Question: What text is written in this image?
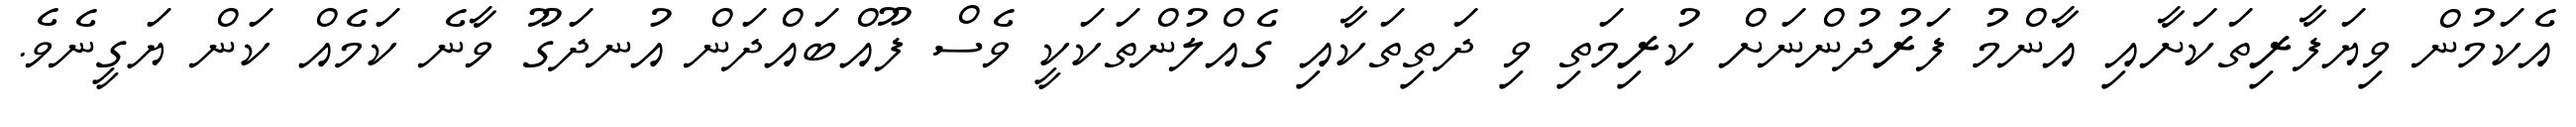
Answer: އެކަމުން ވިޔަފާރިތަކަށާއި އާންމު ފަރުދުންނަށް ކުރިމަތި ވި ދަތިތަކާއި ގެއްލުންތަކަކީ ވެސް ފޫއްބައްދަން އުނދަގޫ ވާނެ ކަމެއް ކަން ޔަގީނެވެ.